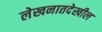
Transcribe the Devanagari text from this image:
लेखनातदेखील